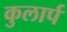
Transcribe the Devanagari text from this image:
कुलार्प